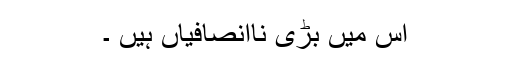
اس میں بڑی ناانصافیاں ہیں ۔